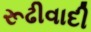
રૂઢીવાદી